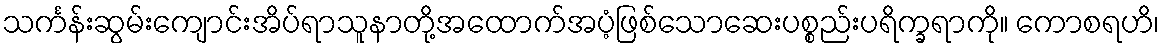
သင်္ကန်းဆွမ်းကျောင်းအိပ်ရာသူနာတို့အထောက်အပံ့ဖြစ်သောဆေးပစ္စည်းပရိက္ခရာကို။ ကောစရဟိ၊